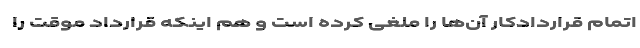
اتمام قراردادکار آن‌ها را ملغی کرده است و هم اینکه قرارداد موقت را